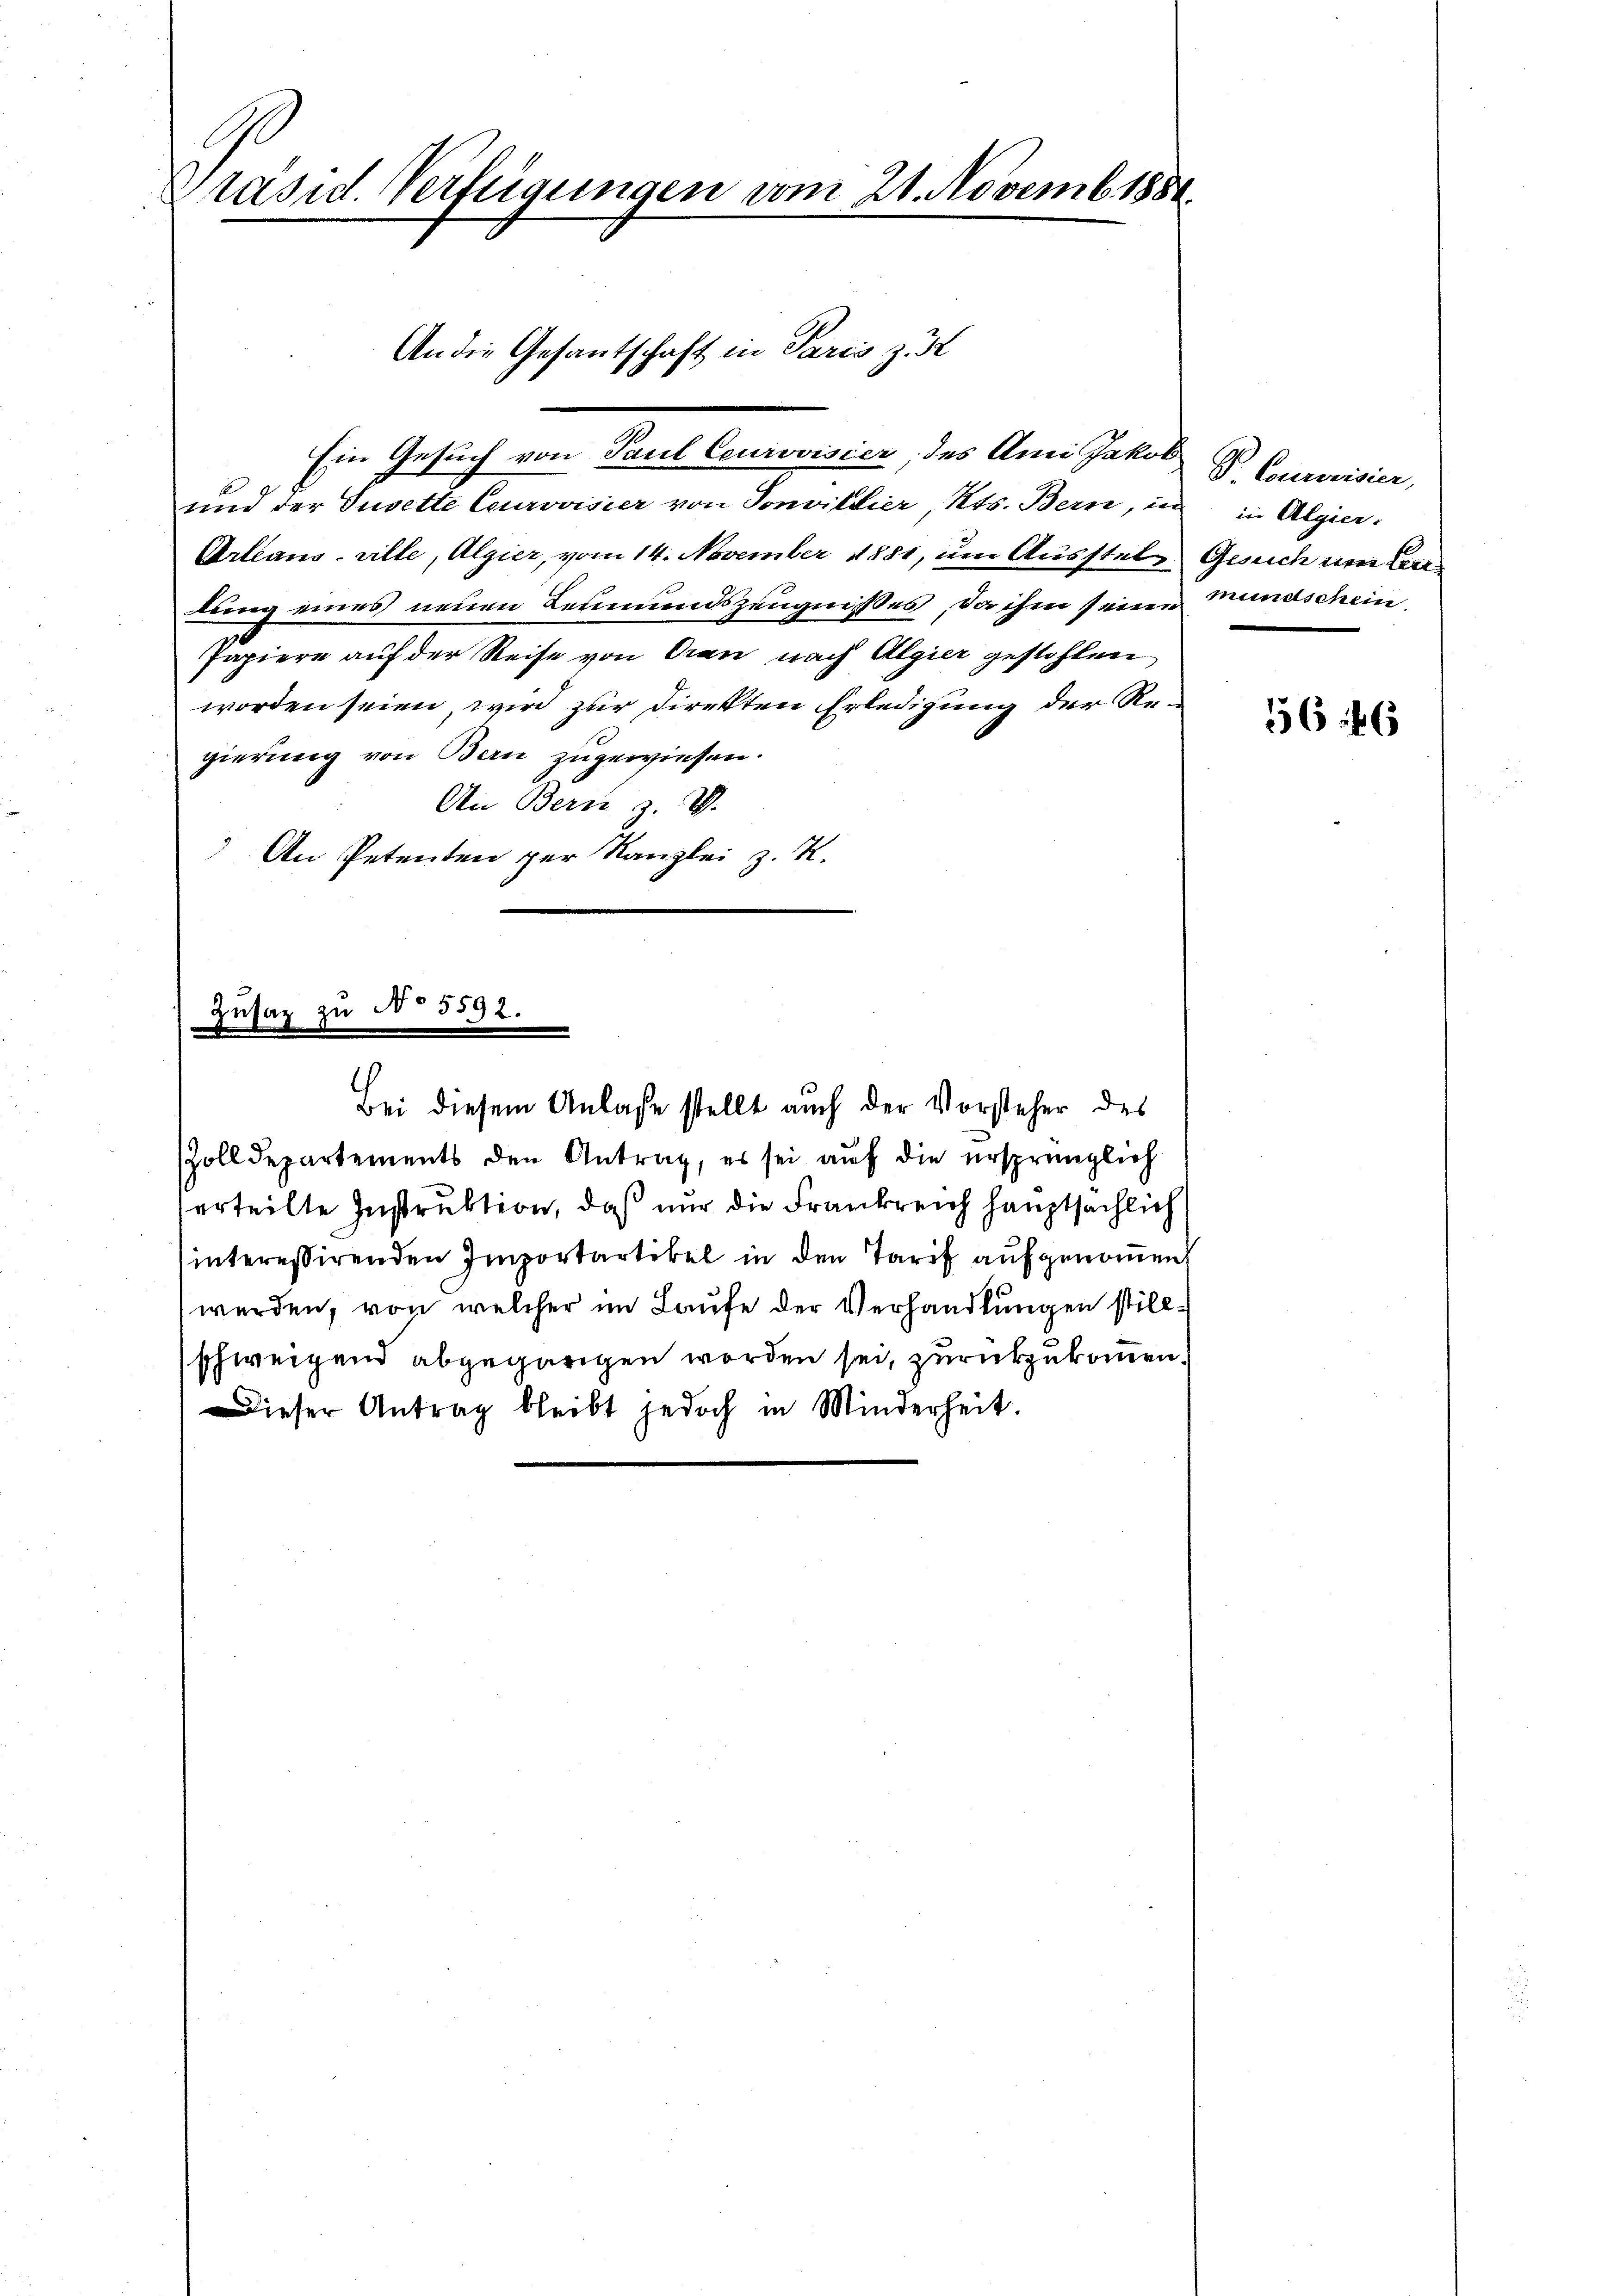
Präsid. Verfügungen vom 21. Novemb. 1888.

Ein Gesuch von Paul Ceurovisier des Ami Jakob
und der Gusette Ceurovisier von Sonvillier, Kts. Bern, in
Arleans-ville, Algier, vom 14. November 1881, um Ausstelbung eines neuen Leumundszeugnißes, da ihm seine
Papiere auf der Reise von Oran nach Algier gestohlen
worden seien, wird zur Direkten Erledigung der Regierung von Bern zugewiesen.
An Bern z. B.
An Petenten per Kanzlei z. K.

usaz zu § 352.
d

An die Gesantschaft in Paris z.

Bei diesem Anlasse stellt auch der Vorsteher des

B. Courorisier,
in Algier.
Gesuch um Ermundschein

Zolldepartements den Antrag, es sei auf die ursprünglich
erteilte Instruktion, daß nur die Frankreich hauptsächlich
interessirenden Importartikel in den Tarif aufgenommen,
werden, von welcher im Laufe der Verhandlungen stillschweigend abgegangen worden sei, zurückzukommen.
Dieser Antrag bleibt jedoch in Minderheit.

556 f 6